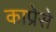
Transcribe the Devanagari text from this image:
काप्रेसे